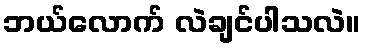
ဘယ်လောက် လဲချင်ပါသလဲ။